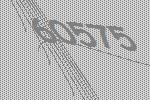
60575